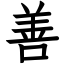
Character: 善